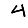
Digit: 4